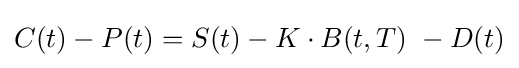
C(t)-P(t)=S(t)-K\cdot B(t,T)\ -D(t)